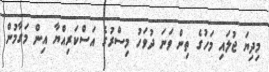
މިދިޔަ ޖުލައި މަހުގެ ތިން ވަނަ ދުވަހު މިސްރުގެ އަސްކަރިއްޔާ އިން މަގާމުން